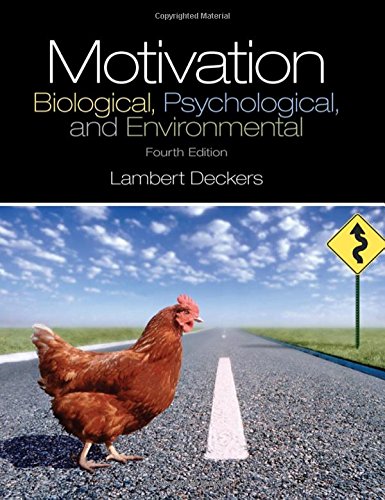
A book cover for Motivation: Biological, Psychological, and Environmental, Fourth Edition; Lambert Deckers; Science & Math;